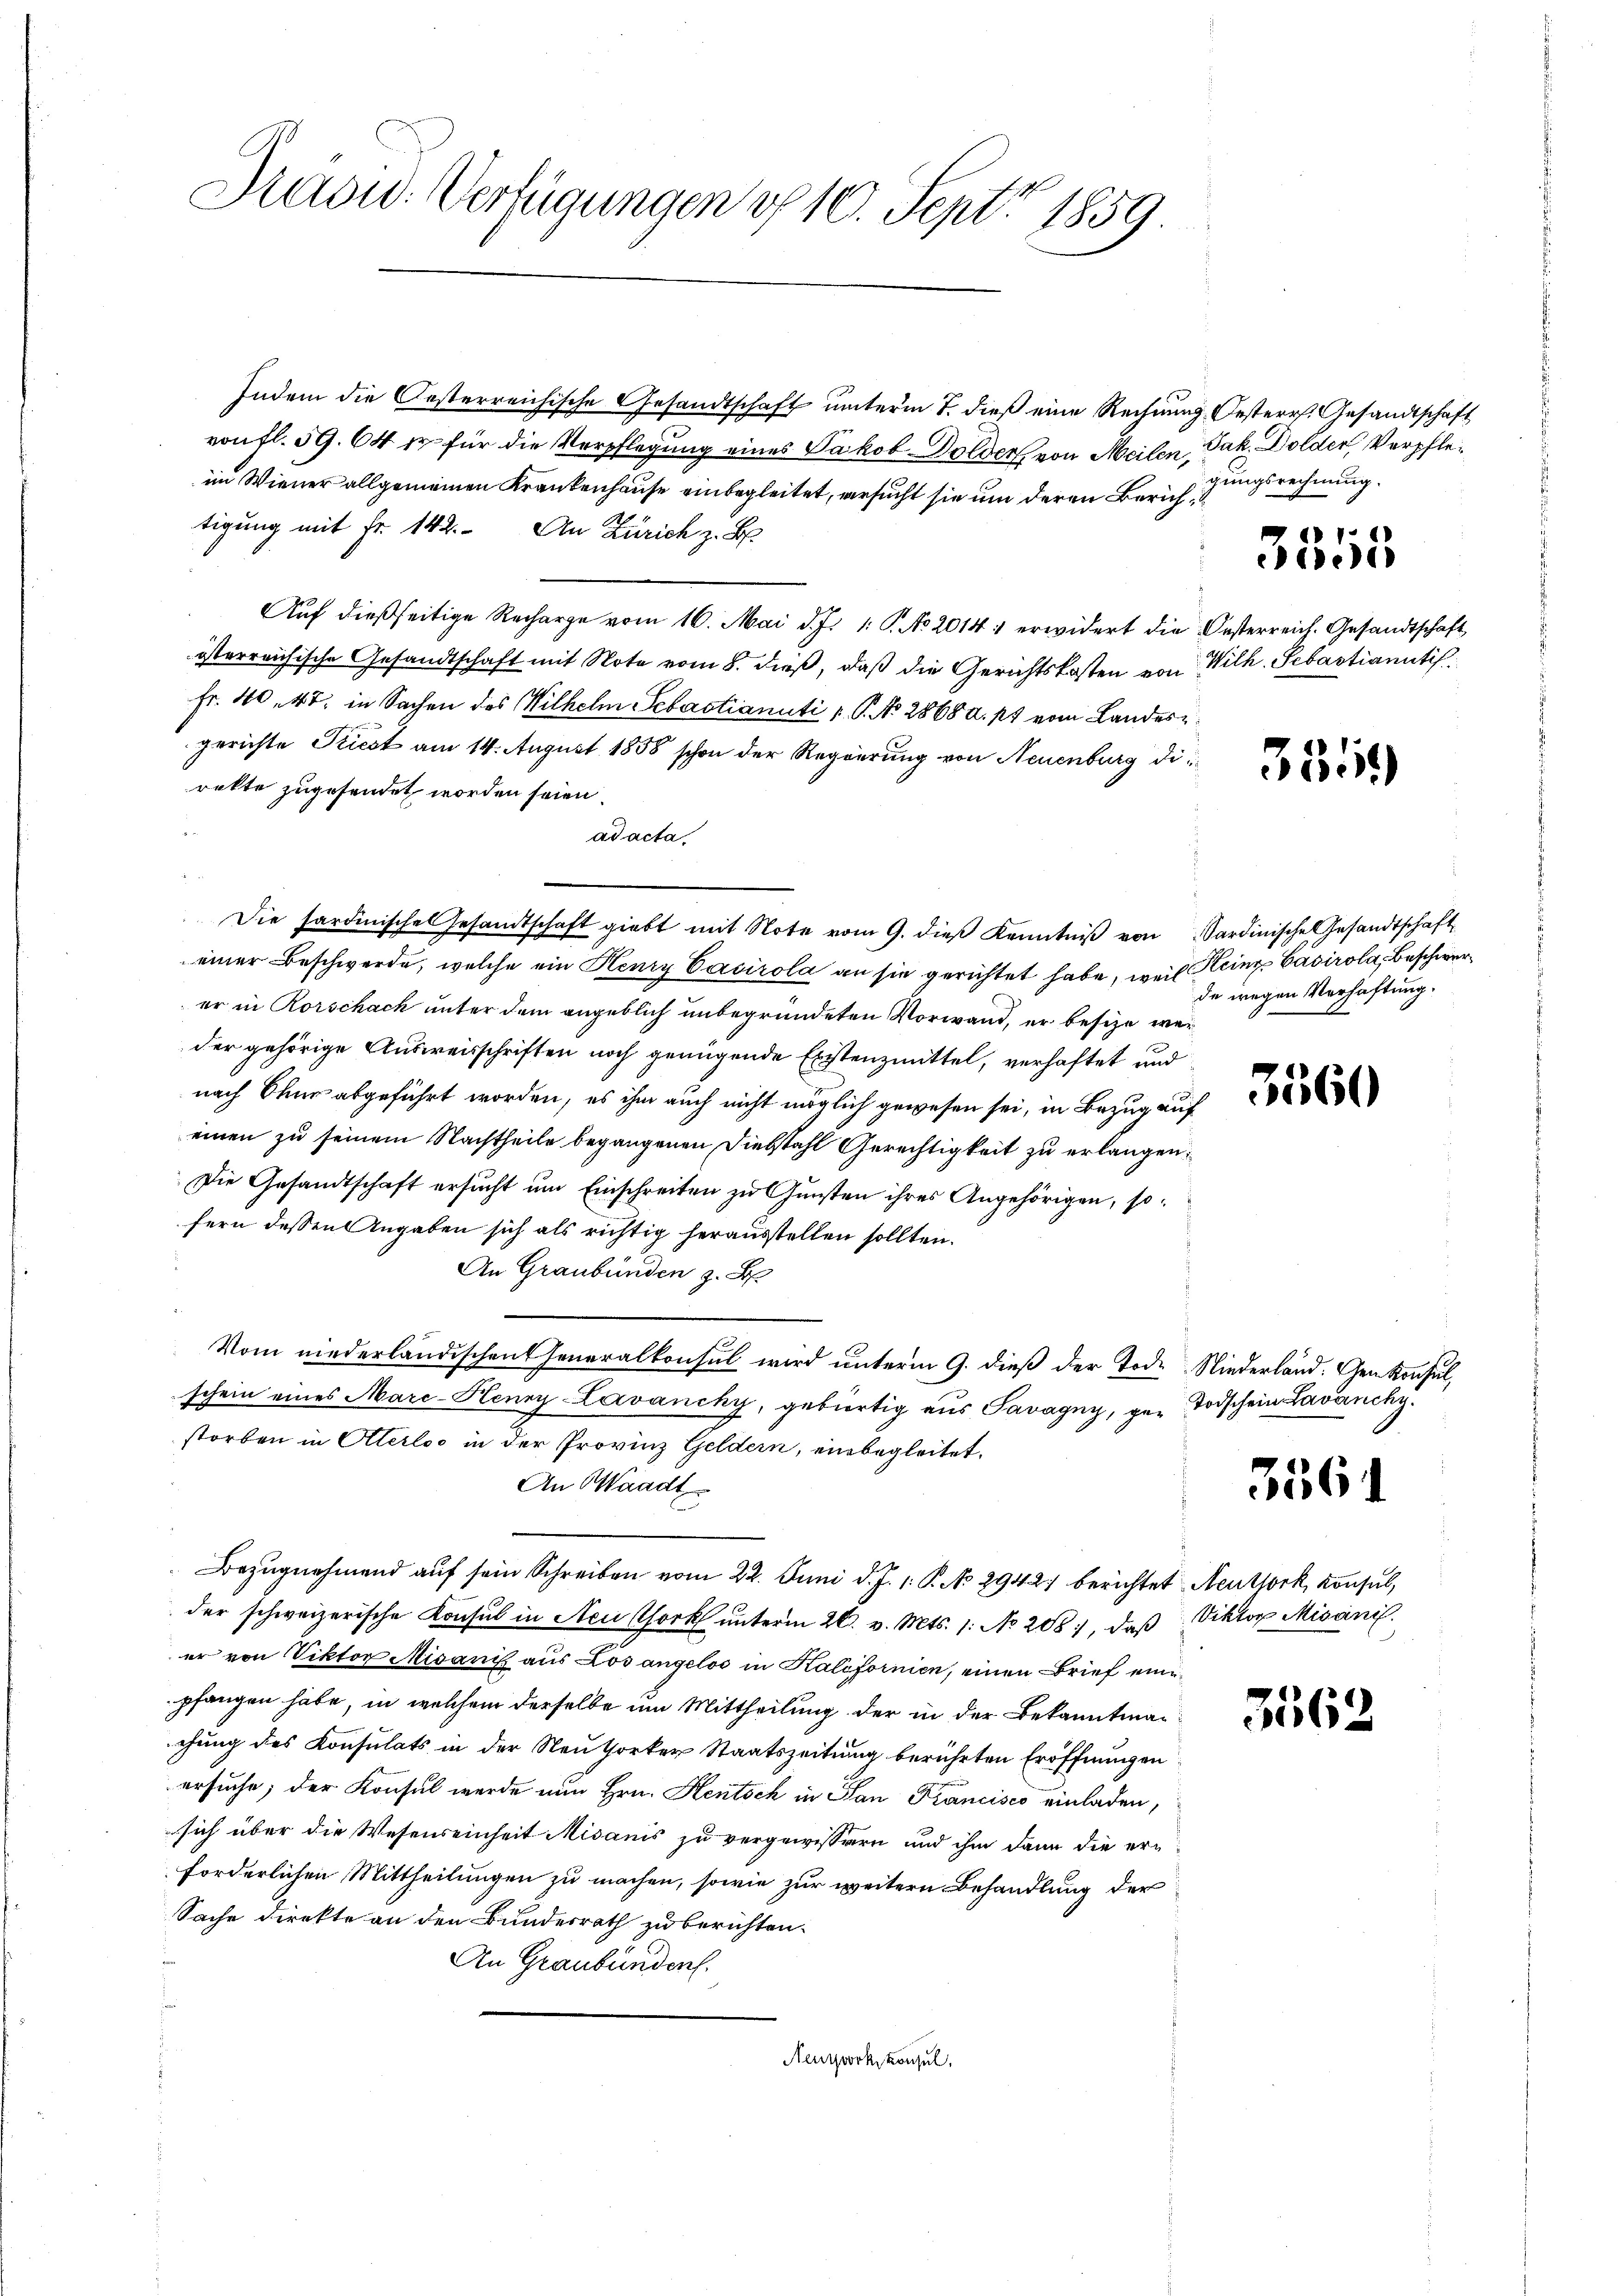
Siacid. Verfügungen d. 10. Sept. 1859

Indem die Oesterreichische Gesandtschaft unterm 7. dieß eine Rechnung Oesterr. Gesandtschaft
von fl. 59. 64 xr für die Verpflegung eines Jakob Dolder von Meilen, Jak. Dolder Verpfleim Wiener allgemeinen Krankenhause einbegleitet, ersucht sie um deren Zürichtigung mit Fr. 142. An Zürich z. B.
Auf dießseitige Recharge vom 16. Mai d. J. 1. No 2014: erwidert die Oesterreich. Gesandtschaft
österreichische Gesandtschaft mit Note vom 8. dieß, daß die Gerichtskosten von Wilh. Sebastianutis
Fr. 40. 47. in Sachen des Wilhelm Sebastianuti u. P. Nr. 2868 a. 17 vom Landes
gerichte Priest am 14. August 1858 schon der Regierung von Neuenburg direkte zugesendet worden seien.
ad acta
u
Die Sardinische Gesandtschaft giebt mit Note vom 9. dieβ Kenntniβ von Sardinische Gesandtschaft
einer Beschwerde, welche ein Henry Cacirola an sie gerichtet habe, weil Heinz Casirola, Beschwerer in Rorschach unter dem angeblich unbegründeten Vorwand, er besize wer
der gehörige Ausweisschriften noch genügende Existenzmittel, verhaftet und
nach Chur abgeführt worden, es ihm auch nicht möglich gewesen sei, in Bezug auf
einen zu seinem Nachtheile begangenen Diebstahl Gerechtigkeit zu erlangen;
Die Gesandtschaft ersucht um Einschreiten zu Gunsten ihres Angehörigen, so
fern dessen Angaben sich als richtig herausstellen sollten.
An Graubünden z. B.
Vom niederländischen Generalkonsul wird unterm 9. dieß der Tode Niederland. Gem Konsul,
schein eines Marc-Henry-Lavancky, gebürtig aus Savagny, gen Todschein Lavanchy.
storben in Alterloo in der Provinz Geldern, einbegleitet.
An Waadt.
Bezugnehmend auf sein Schreiben vom 22. Juni d. J. 1. P. No 2942. berichtet Neuthork, Konsul,
der schweizerische Konsul in Neu Chork unterm 26. v. Mts. 1. No. 208, daß Viktor Misani
er von Viktor Misanis aus Los angelos in Kalifornien, einen Brief eine
pfangen habe, in welchem derselbe um Mittheilung der in der Bekanntmanchung des Konsulats in der Neu torker Staatszeitung berührten Eröffnungen
ersuche; der Konsul werde nun Hrn. Hentsch in San Krancisco einladen,
sich über die Wesenseinheit Misanis zu vergewissern und ihm dann die erforderlichen Mittheilungen zu machen, sowie zur weitern Behandlung der
Sache direkte an den Bundesrath zu berichten.
An Graubünden.
Neuork, Konsul

gungsrechnung.

de wegen Verhaftung.

3560

3561

3

3355

3559

1562